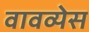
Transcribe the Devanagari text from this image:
वावव्येस